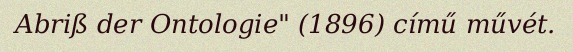
Abriß der Ontologie" (1896) című művét.